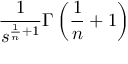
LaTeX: { \frac { 1 } { s ^ { { \frac { 1 } { n } } + 1 } } } \Gamma \left( { \frac { 1 } { n } } + 1 \right)